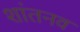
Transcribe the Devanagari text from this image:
शांतनव